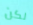
لكن